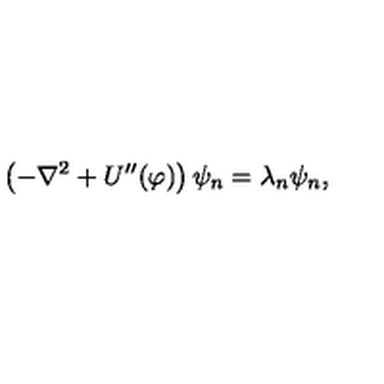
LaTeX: \left( - \nabla ^ { 2 } + U ^ { \prime \prime } ( \varphi ) \right) \psi _ { n } = \lambda _ { n } \psi _ { n } ,